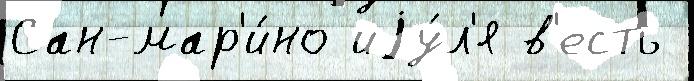
Сан-мар'и́но иjу́л'я в'есть